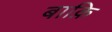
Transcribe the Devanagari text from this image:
बाक़ि